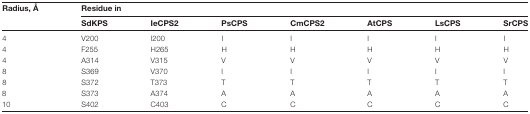
<table><thead><tr><td><b>Radius, Å</b></td><td colspan="7"><b>Residue in</b></td></tr><tr><td></td><td><b>SdKPS</b></td><td><b>IeCPS2</b></td><td><b>PsCPS</b></td><td><b>CmCPS2</b></td><td><b>AtCPS</b></td><td><b>LsCPS</b></td><td><b>SrCPS</b></td></tr></thead><tbody><tr><td>4</td><td>V200</td><td>I200</td><td>I</td><td>I</td><td>I</td><td>I</td><td>I</td></tr><tr><td>4</td><td>F255</td><td>H265</td><td>H</td><td>H</td><td>H</td><td>H</td><td>H</td></tr><tr><td>4</td><td>A314</td><td>V315</td><td>V</td><td>V</td><td>V</td><td>V</td><td>V</td></tr><tr><td>8</td><td>S369</td><td>V370</td><td>I</td><td>I</td><td>I</td><td>I</td><td>I</td></tr><tr><td>8</td><td>S372</td><td>T373</td><td>T</td><td>T</td><td>T</td><td>T</td><td>T</td></tr><tr><td>8</td><td>S373</td><td>A374</td><td>A</td><td>A</td><td>A</td><td>A</td><td>A</td></tr><tr><td>10</td><td>S402</td><td>C403</td><td>C</td><td>C</td><td>C</td><td>C</td><td>C</td></tr></tbody></table>